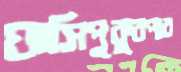
ঘাসিপুকুরপার